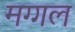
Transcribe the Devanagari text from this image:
मग्गल